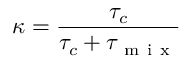
\kappa = \frac { \tau _ { c } } { \tau _ { c } + \tau _ { \mathrm { ~ m ~ i ~ x ~ } } }